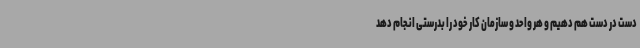
دست در دست هم دهیم و هر واحد و سازمان کار خود را بدرستی انجام دهد